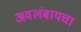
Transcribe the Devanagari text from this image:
अवलंबायचा